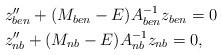
LaTeX: \begin{align*} \begin{aligned} & z''_{ben} +(M_{ben}-E)A_{ben}^{-1} z_{ben}=0 \\ & z''_{nb} +(M_{nb}-E) A_{nb}^{-1} z_{nb}=0,\end{aligned}\end{align*}